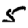
Digit: 5